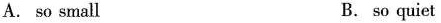
A. so small B. so quiet